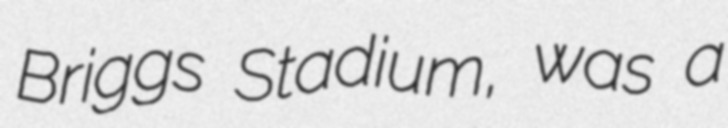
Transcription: Briggs Stadium, was a